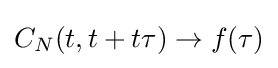
C_{N}(t,t+t\tau )\to f(\tau )